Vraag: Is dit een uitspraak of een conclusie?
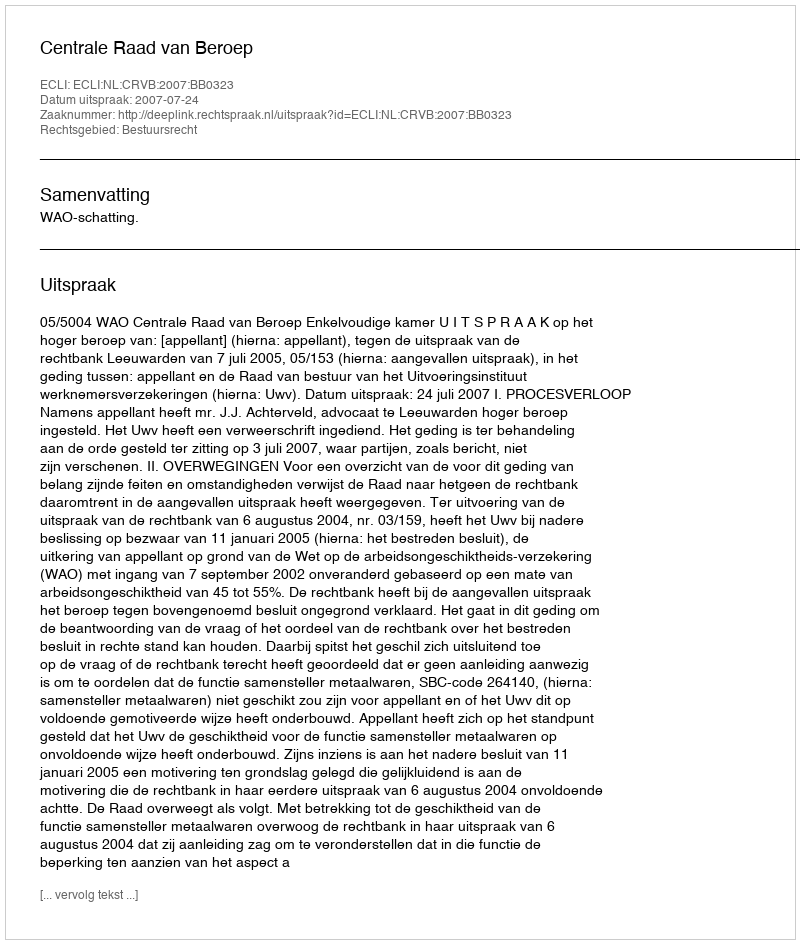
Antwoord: Uitspraak